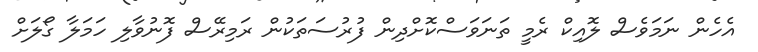
އެހެން ނަމަވެސް ލޮއިކް ރެމީ ތަނަވަސްކޮށްދިން ފުރުސަތަކުން ރަމިރޭސް ފޮނުވާލި ހަމަލާ ގޯލަށް